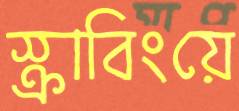
স্ক্রাবিংয়ে